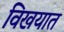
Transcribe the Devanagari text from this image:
विखयात